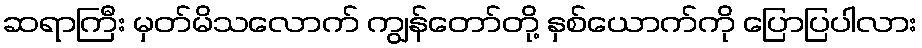
ဆရာကြီး မှတ်မိသလောက် ကျွန်တော်တို့ နှစ်ယောက်ကို ပြောပြပါလား